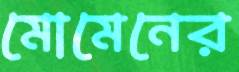
মোমেনের